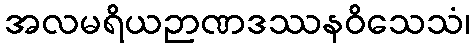
အလမရိယဉာဏဒဿနဝိသေသံ၊